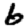
Digit: 6